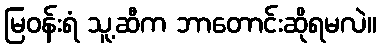
မြဝန်းရံ သူ့ဆီက ဘာတောင်းဆိုရမလဲ။